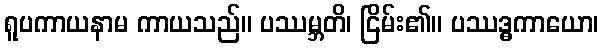
ရူပကာယနာမ ကာယသည်။ ပဿမ္ဘတိ၊ ငြိမ်း၏။ ပဿဒ္ဓကာယော၊